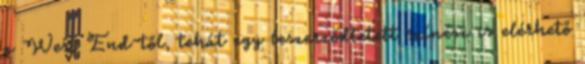
a West End-től, tehát egy leszerződtetett színész is elérhető